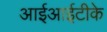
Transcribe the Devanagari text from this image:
आईआईटीके